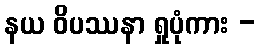
နယ ဝိပဿနာ ရှုပုံကား -